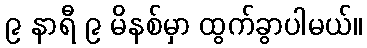
၉ နာရီ ၉ မိနစ်မှာ ထွက်ခွာပါမယ်။